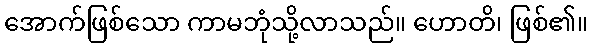
အောက်ဖြစ်သော ကာမဘုံသို့လာသည်။ ဟောတိ၊ ဖြစ်၏။